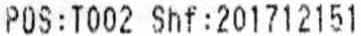
POS:T002 SHF:201712151